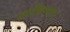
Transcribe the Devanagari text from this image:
उगविणारा